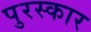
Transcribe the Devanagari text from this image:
पुरस्कार